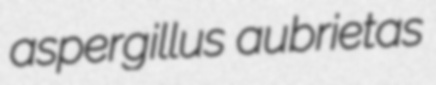
aspergillus aubrietas